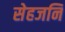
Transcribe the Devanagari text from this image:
सेहजनि